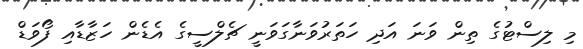
މި ލިސްޓުގެ ތިން ވަނަ އަދި ހަތަރުވަނާގަވަނީ ޗެލްސީގެ އެޑެން ހަޒާޑާއި ފޯވަޑް